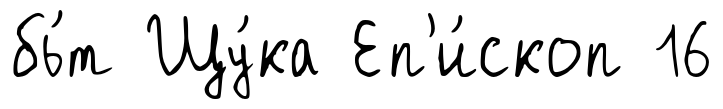
бь́т Щу́ка Еп'и́скоп 16